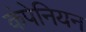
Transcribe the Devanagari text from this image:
कंपेनियन